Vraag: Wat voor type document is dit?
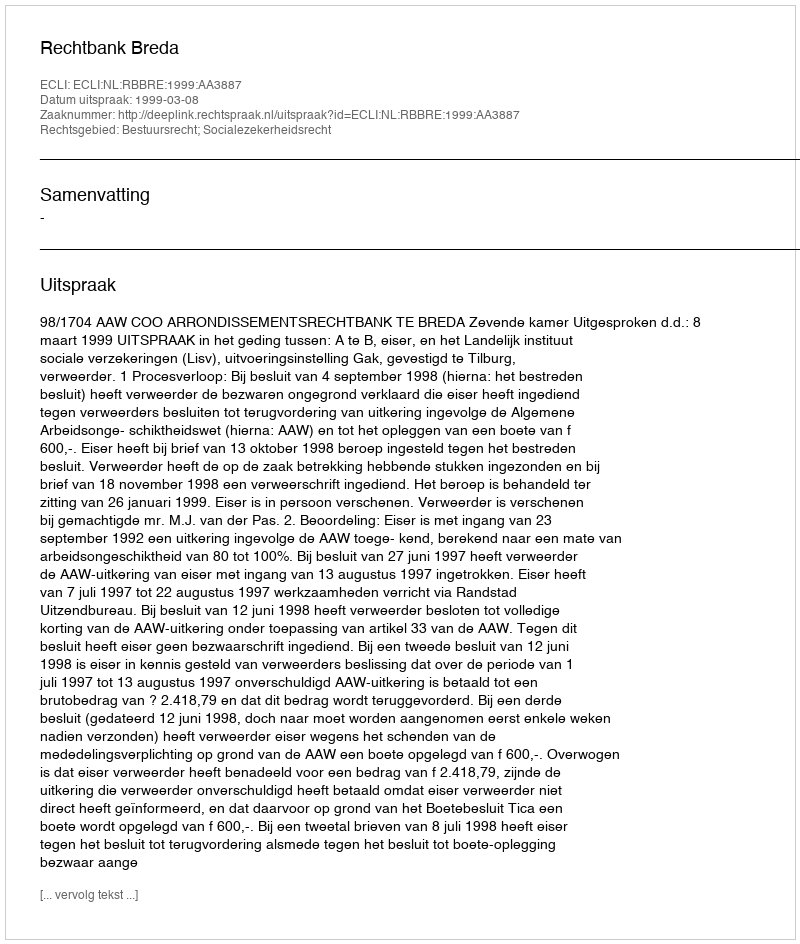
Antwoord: Uitspraak